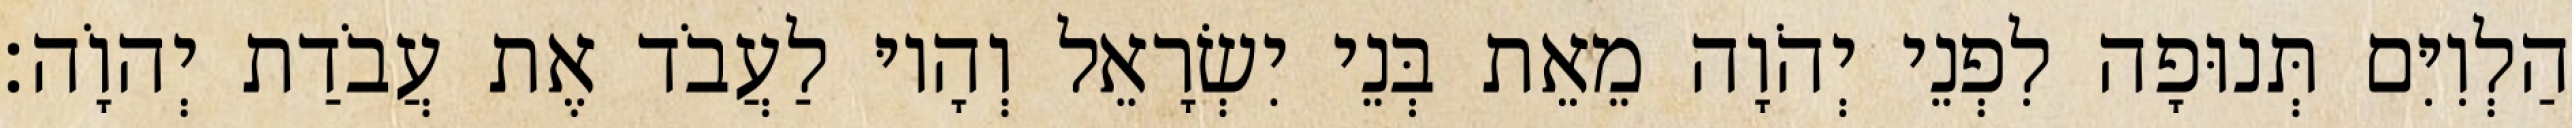
הַלְוִיִּם תְּנוּפָה לִפְנֵי יְהֹוָה מֵאֵת בְּנֵי יִשְׂרָאֵל וְהָיוּ לַעֲבֹד אֶת עֲבֹדַת יְהוָֹה׃